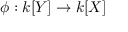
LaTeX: \phi : k [ Y ] \to k [ X ]